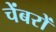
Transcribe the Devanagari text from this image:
चेंबरों